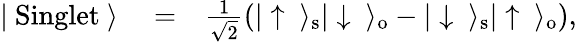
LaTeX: \begin{array}{rlr}{|\ \mathrm{Singlet}\ \rangle}&{{}=}&{\frac{1}{\sqrt{2}}\left(|\uparrow\ \rangle_{\mathrm{s}}|\downarrow\ \rangle_{\mathrm{o}}-|\downarrow\ \rangle_{\mathrm{s}}|\uparrow\ \rangle_{\mathrm{o}}\right),}\end{array}